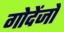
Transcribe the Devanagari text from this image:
गोदेंजो